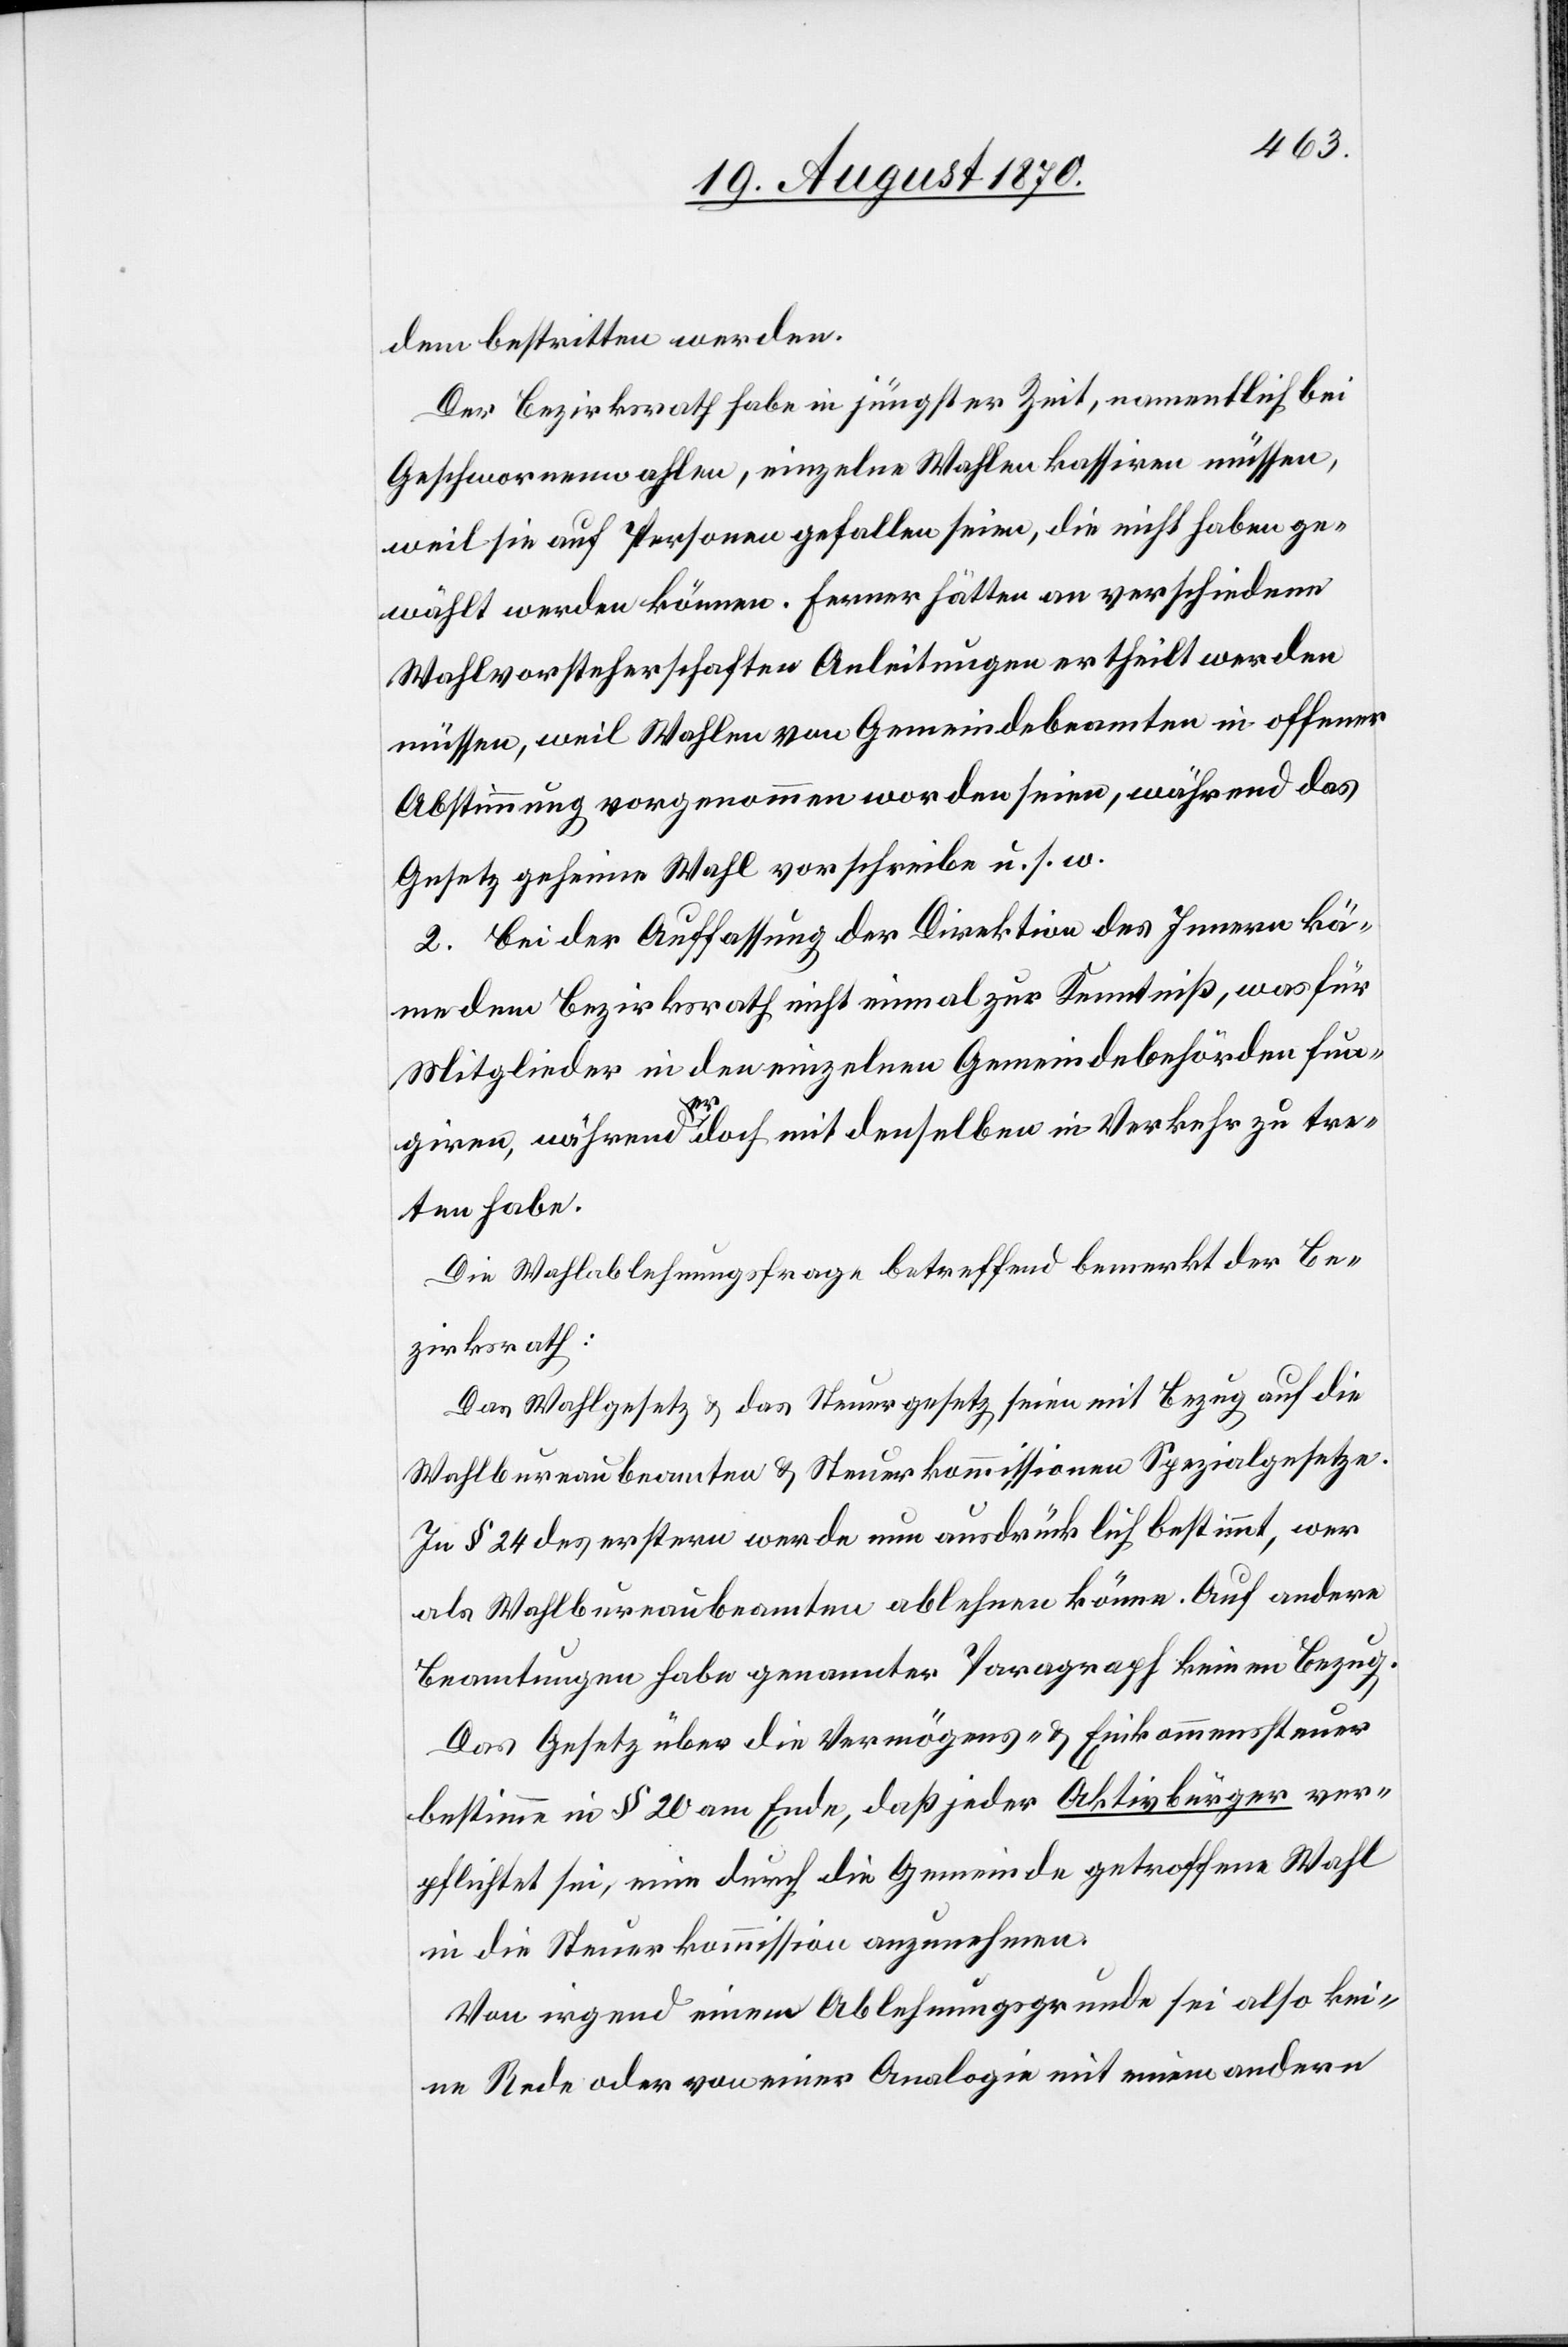
dem bestritten werden.
Der Bezirksrath habe in jüngster Zeit, namentlich bei
Geschworenenwahlen, einzelne Wahlen kassiren müssen,
weil sie auf Personen gefallen seien, die nicht haben ge¬
wählt werden können. Ferner hätten an verschiedenen
Wahlvorsteherschaften Anleitungen ertheilt werden
müssen, weil Wahlen von Gemeindsbeamten in offener
Abstimmung vorgenommen worden seien, während das
Gesetz geheime Wahl vorschreibe u. s. w.
2. Bei der Auffassung der Direktion des Innern kä¬
me dem Bezirksrath nicht einmal zur Kenntniß, was für
Mitglieder in den einzelnen Gemeindebehörden fun¬
giren, während er doch mit denselben in Verkehr zu tre¬
ten habe.
Die Wahlablehnungsfrage betreffend bemerkt der Be¬
zirksrath:
Das Wahlgesetz & das Steuergesetz seien mit Bezug auf die
Wahlbureaubeamten & Steuerkommissionen Spezialgesetze.
In § 24 des erstern werde nun ausdrücklich bestimmt, wer
als Wahlbureaubeamten [sic!] ablehnen könne. Auf andere
Beamtungen habe genannter Paragraph keinen Bezug.
Das Gesetz über die Vermögens- & Einkommenssteuer
bestimme in § 20 am Ende, daß jeder Aktivbürger ver¬
pflichtet sei, eine durch die Gemeinde getroffene Wahl
in die Steuerkommission anzunehmen.
Von irgend einem Ablehnungsrunde sei also kei¬
ne Rede oder von einer Analogie mit einem andern